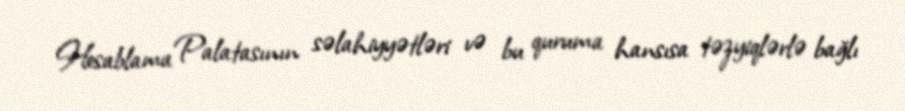
Hesablama Palatasının səlahiyyətləri və bu quruma hansısa təzyiqlərlə bağlı